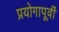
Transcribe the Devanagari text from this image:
प्रयोगापूर्वी